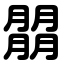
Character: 朤